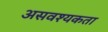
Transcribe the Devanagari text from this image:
असवश्यकता